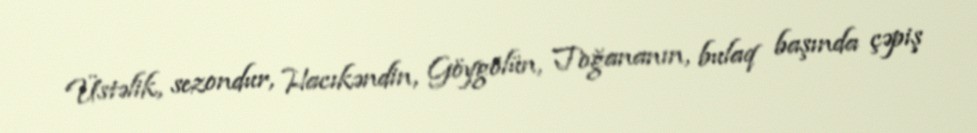
Üstəlik, sezondur, Hacıkəndin, Göygölün, Toğananın, bulaq başında çəpiş